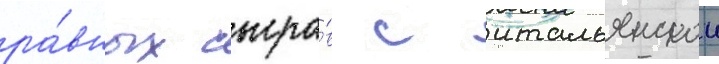
ра́вных сыгра́в с итальянскои